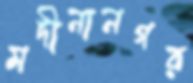
মদীনানগর